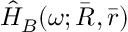
\hat { H } _ { B } ( \omega ; \bar { R } , \bar { r } )